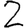
Digit: 2